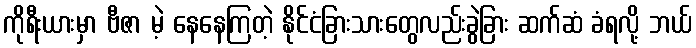
ကိုရီးယားမှာ ဗီဇာ မဲ့ နေနေကြတဲ့ နိုင်ငံခြားသားတွေလည်းခွဲခြား ဆက်ဆံ ခံရလို့ ဘယ်